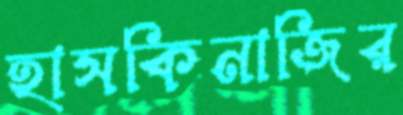
হাসকিনাজির